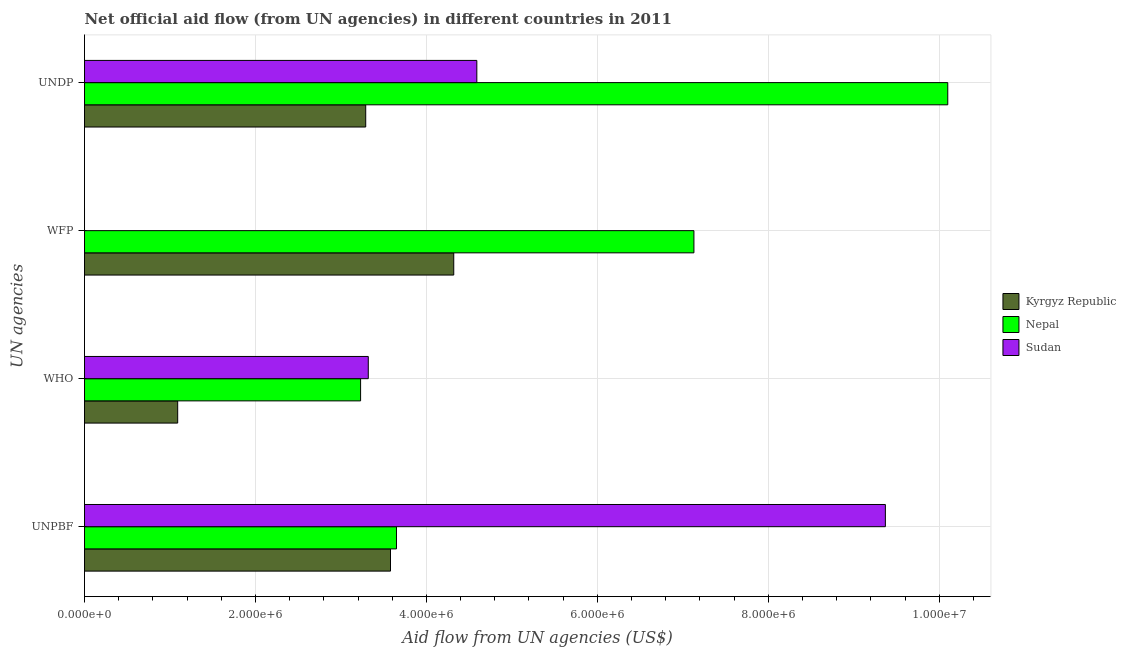
| UN agencies | Kyrgyz Republic | Nepal | Sudan |
 | --- | --- | --- | --- |
 | UNPBF | 3.58e+06 | 3.65e+06 | 9.37e+06 |
 | WHO | 1.09e+06 | 3.23e+06 | 3.32e+06 |
 | WFP | 4.32e+06 | 7.13e+06 | -6.9e+05 |
 | UNDP | 3.29e+06 | 1.01e+07 | 4.59e+06 |